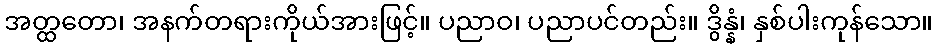
အတ္ထတော၊ အနက်တရားကိုယ်အားဖြင့်။ ပညာဝ၊ ပညာပင်တည်း။ ဒွိန္နံ၊ နှစ်ပါးကုန်သော။